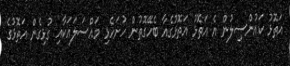
އަތޮޅު ކައުންސިލުން އެ އަތޮޅު އަތޮޅުގެއާ ބެހޭގޮތުން ހުށަހެޅި މައްސަލައަކާއި ގުޅިގެން އަތޮޅުގެ